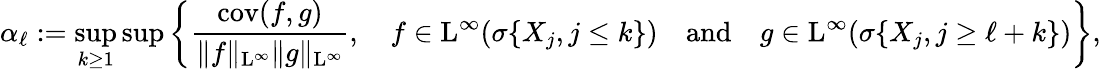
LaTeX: \alpha_{\ell}:=\operatorname*{sup}_{k\geq 1}\operatorname*{sup}\bigg\{ \frac{\mathrm{cov}(f,g)}{\| f\| _{\mathrm{L}^{\infty}}\| g\| _{\mathrm{L}^{\infty}}},\quad f\in\mathrm{L}^{\infty}(\sigma\{ X_{j},j\leq k\} )\quad\mathrm{and}\quad g\in\mathrm{L}^{\infty}(\sigma\{ X_{j},j\geq\ell+k\} )\bigg\} ,